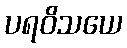
ပရဝိသယေ